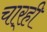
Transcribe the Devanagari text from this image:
चार्‍ही